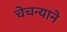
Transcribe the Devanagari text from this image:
चेचन्याने